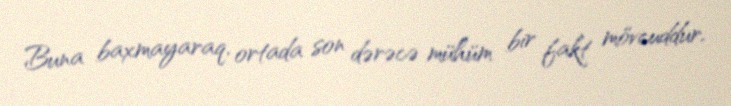
Buna baxmayaraq, ortada son dərəcə mühüm bir fakt mövcuddur.